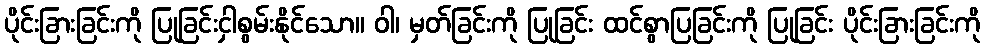
ပိုင်းခြားခြင်းကို ပြုခြင်းငှါစွမ်းနိုင်သော။ ဝါ၊ မှတ်ခြင်းကို ပြုခြင်း ထင်စွာပြခြင်းကို ပြုခြင်း ပိုင်းခြားခြင်းကို